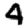
Digit: 4